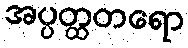
အပ္ပတ္ထတရော